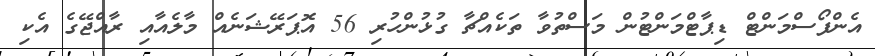
އެންފޯސްމަންޓް ޑިޕާޓްމަންޓުން މަސްތުވާ ތަކެއްޗާ ގުޅުންހުރި 56 އޮޕަރޭޝަނެއް މާލެއާއި ރާއްޖޭގެ އެކި